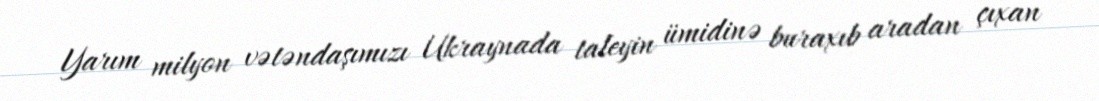
Yarım milyon vətəndaşımızı Ukraynada taleyin ümidinə buraxıb aradan çıxan